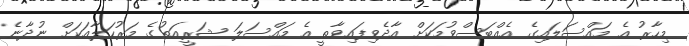
މިހާރު އެ މައްސަލައިގެ އެއްބަސްވުމަކަށް އާދެވިފައިވާތީ އެ މައްސަލަ ޝަރީއަތުގެ މަރުހަލާއަކަށް ނުދާނެ